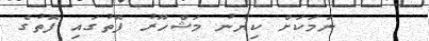
ނަމަކަށް ކިޔުނު މަޝްހޫރު ފޮތުގައި ފޮތުގެ